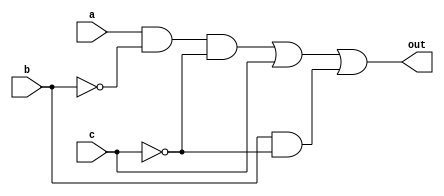
// This program was cloned from: https://github.com/viduraakalanka/HDL-Bits-Solutions
// License: The Unlicense

module top_module(
    input a,
    input b,
    input c,
    output out  ); 
    assign out = a&(~b)&(~c) | c | b&(~c);
endmodule